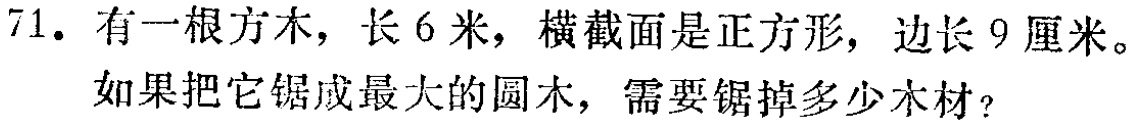
71. 有一根方木，长 6 米，横截面是正方形，边长 9 厘米。如果把它锯成最大的圆木，需要锯掉多少木材？